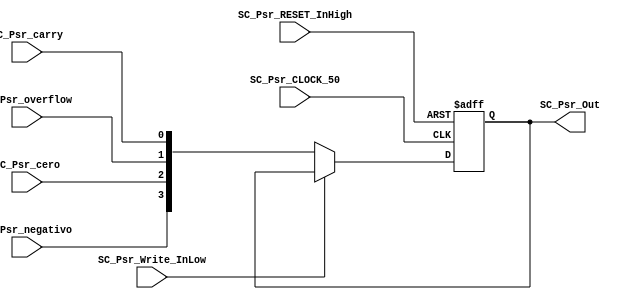
module SC_Psr #(
	parameter DATAWIDTH_ALU_SELECTION=4
)(
	//////////// INPUTS //////////
	SC_Psr_CLOCK_50,
	SC_Psr_RESET_InHigh,
	//banderas
	SC_Psr_negativo,
	SC_Psr_cero,
	SC_Psr_overflow,
	SC_Psr_carry,
	SC_Psr_Write_InLow,
	//// OUTPUT ///
	SC_Psr_Out
);

//=======================================================
//  PORT declarations
//=======================================================
	output reg	[DATAWIDTH_ALU_SELECTION-1:0] SC_Psr_Out;
	input			SC_Psr_CLOCK_50;
	input			SC_Psr_Write_InLow;
	input       SC_Psr_negativo;
	input       SC_Psr_cero;
	input       SC_Psr_overflow;
	input       SC_Psr_carry;
	input			SC_Psr_RESET_InHigh;
	
//=======================================================
//  REG/WIRE declarations
//=======================================================
	reg [DATAWIDTH_ALU_SELECTION-1:0] RegGENERAL_Register;
	//inicializacion banderas en 1 
	initial RegGENERAL_Register = 4'b1111;
	reg [DATAWIDTH_ALU_SELECTION-1:0] RegGENERAL_Signal;
	
//=======================================================
//  Structural coding
//=======================================================
//INPUT LOGIC: COMBINATIONAL
	always @ (*)
	if (SC_Psr_Write_InLow == 0)	
		RegGENERAL_Signal = {SC_Psr_negativo,SC_Psr_cero,SC_Psr_overflow,SC_Psr_carry};
	else 	
		RegGENERAL_Signal = RegGENERAL_Register;

// REGISTER : SEQUENTIAL
	always @ ( negedge SC_Psr_CLOCK_50, posedge SC_Psr_RESET_InHigh)
	begin
		if (SC_Psr_RESET_InHigh == 1'b1)
			RegGENERAL_Register <= 0;
		else
			RegGENERAL_Register <= RegGENERAL_Signal;
	end
//=======================================================
//  Outputs
//=======================================================
// OUTPUT LOGIC : COMBINATIONAL
	always @ (*)
		SC_Psr_Out = RegGENERAL_Register;  

endmodule